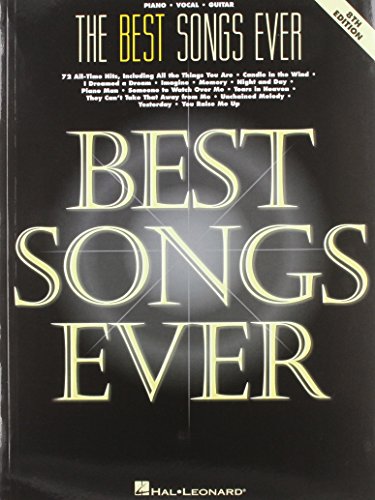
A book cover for The Best Songs Ever, 8th Edition; Humor & Entertainment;